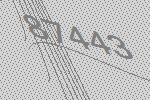
87443